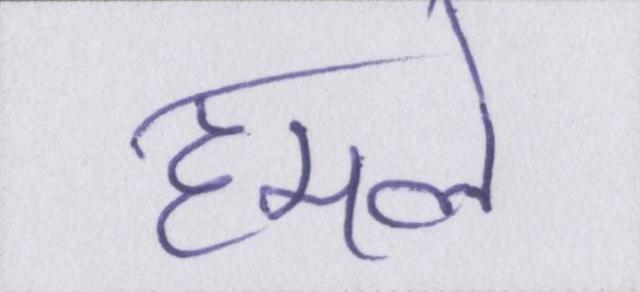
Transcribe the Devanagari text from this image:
हमले